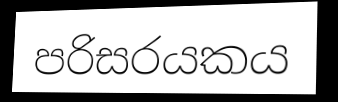
පරිසරයකය